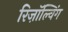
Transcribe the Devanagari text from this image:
रिज़ॉल्विंग